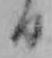
日